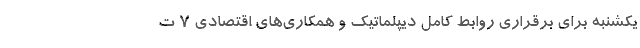
یکشنبه برای برقراری روابط کامل دیپلماتیک و همکاری‌های اقتصادی ۷ ت